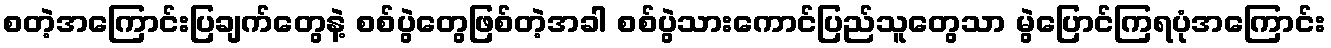
စတဲ့အကြောင်းပြချက်တွေနဲ့ စစ်ပွဲတွေဖြစ်တဲ့အခါ စစ်ပွဲသားကောင်ပြည်သူတွေသာ မွဲပြောင်ကြရပုံအကြောင်း